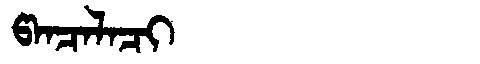
Manchu: ᡦᠠᠨᠴᠠᠯᠠᠴᡳ
Romanization: PANCALACI